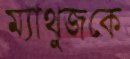
ম্যাথুজকে